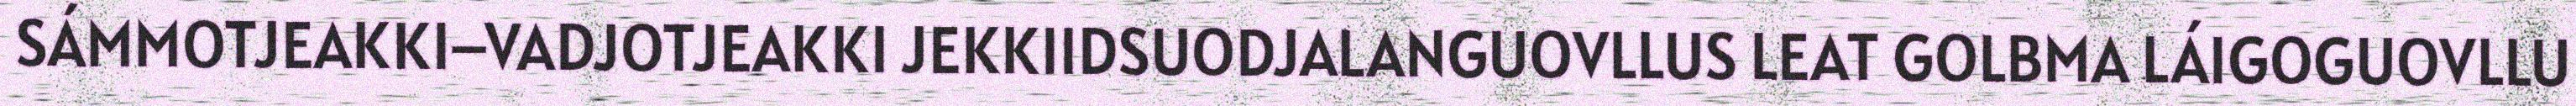
SÁMMOTJEAKKI–VADJOTJEAKKI JEKKIIDSUODJALANGUOVLLUS LEAT GOLBMA LÁIGOGUOVLLU